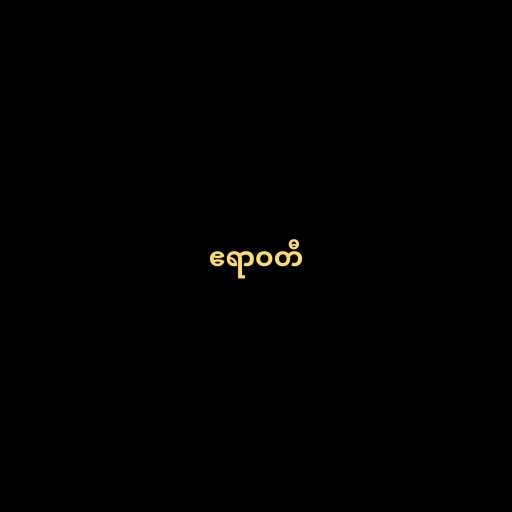
ဧရာဝတီ